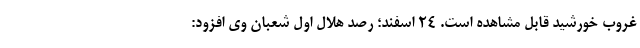
غروب خورشید قابل مشاهده است. ۲۴ اسفند؛ رصد هلال اول شعبان وی افزود: